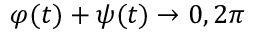
\varphi ( t ) + \psi ( t ) \rightarrow 0 , 2 \pi